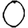
Digit: 0